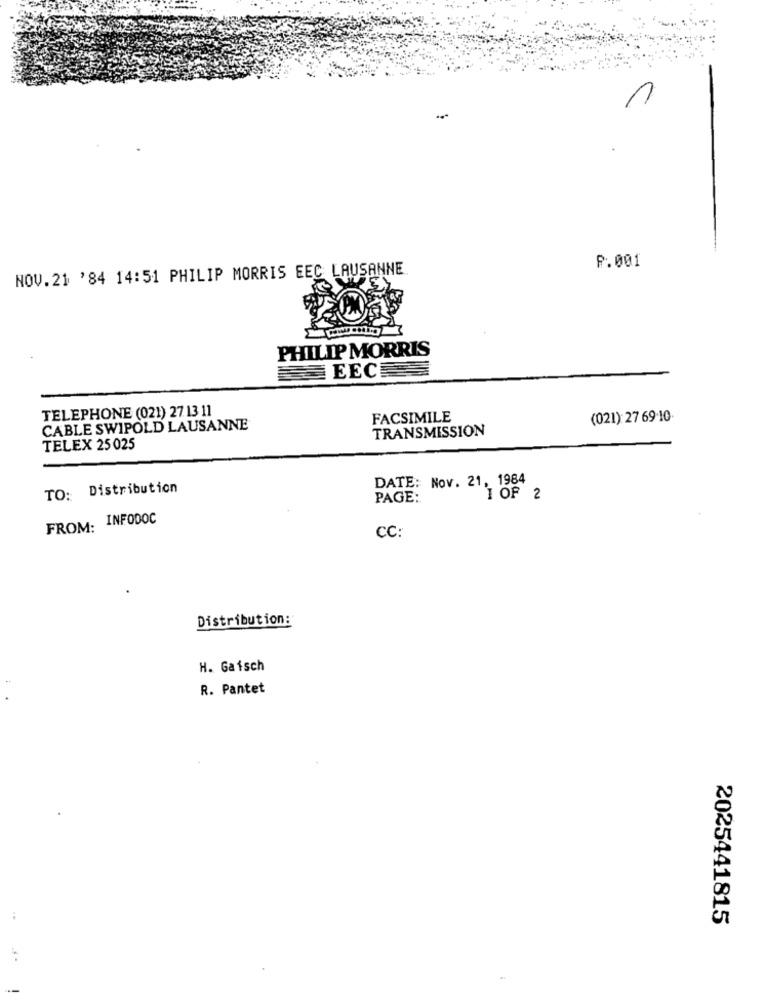
1
P.001
NOV.21 '84 14:51 PHILIP MORRIS EEC LAUSANNE
PHILIP MORRIS
EEC
TELEPHONE (021) 2713 11
FACSIMILE
(021): 27 69:10
CABLE SWIPOLD LAUSANNE
TRANSMISSION
TELEX 25 025
DATE: Nov. 21, 1984
TO: Distribution
PAGE:
1 OF 2
FROM: INFODOC
CC:
Distribution:
H. Gaisch
R. Pantet
2025441815